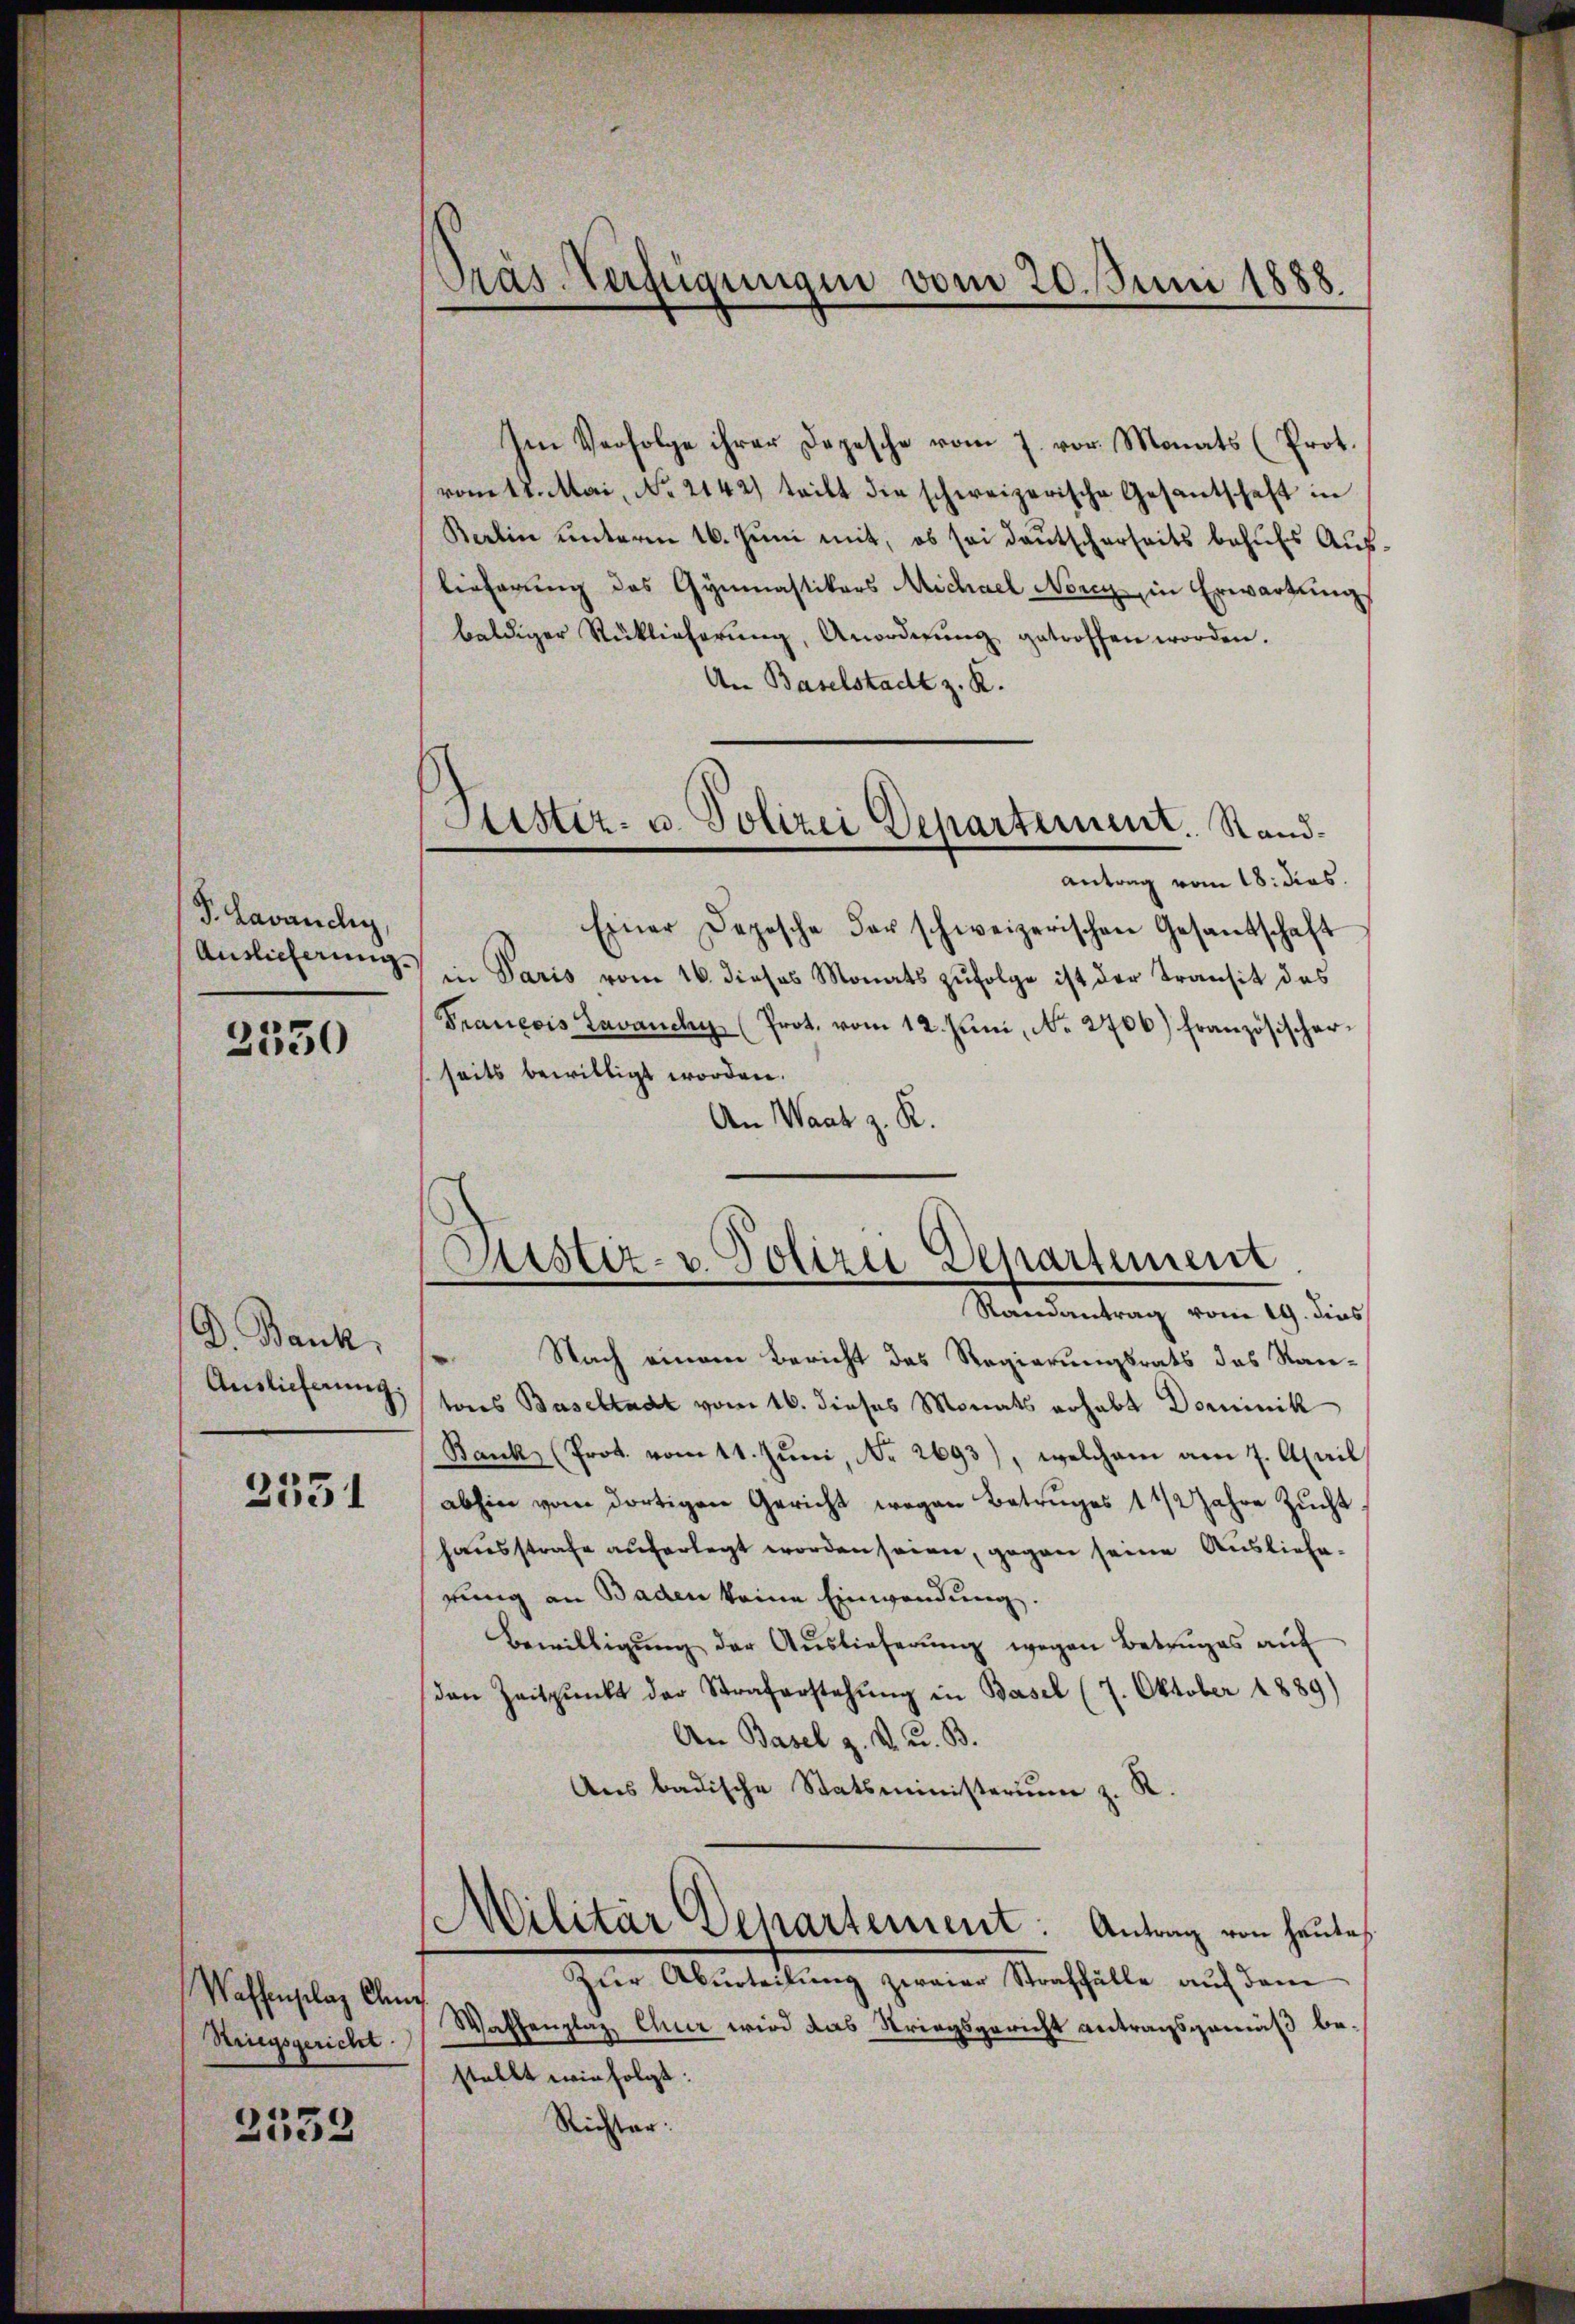
P. Lavanchy,
Auslicherung.

3350

D Bank,
Auslieferung:

3551

Waffenplaz Chme
Singsgericht.

2558

Präs-Verfügungen vom 20. Juni 1888.

Im Verfolge ihrer Depesche vom 7. vor. Monats (Prot.
vom 12. Mai, No. 2142) teilt die schweizerische Gesantschaft in
Berlin ŭnterm 16. Jŭni mit, ob sei deŭtscherseits behŭfs Aŭf-
lieferung des Gymnastikers Michael Nerey, in Erwartung
baldiger Rücklicherŭng, Anordnŭng getroffen worden.
An Baselstadt z. R.
antrag vom 18. dies
Einer Deposche der schweizerischen Gesandschaft
in Paris vom 16. dieses Monats zufolge ist der Transit des
Francois Lavancky (Prot. vom 12. Juni, No. 2706) Französischerseits bewilligt worden.
An Waat z. K.
Nach einem Bericht des Regierungsrats das Kantons Baseltadt vom 16. dieses Monats erhabt Dominik
Bank (Prot. vom 11. Juni, No 2693), welchem am 7. April
abhin vom dortigen Gericht wegen Betruges 1 1/2 Jahre Zŭcht
hausstrafe auferlegt worden seien, gegen seine Auslieferung an Baden keine Einwendung.
Bewilligŭng der Aŭslieferŭng wegen Betruges aŭf
den Zeitpunkt der Straferstehŭng in Basel (7. Oktober 1889)
An Basel z. K. u. B.
Ans badische Statsministerium z. R.
Militär Departement: Antrag von heute
Zur Aburteilung zweier Straffälle auf dem
Waffenplaz Quer wird das Striegsgericht antragsgemäß bestellt wir folgt:
Richter:

Suster- u. Polizei Departement. Sand¬

Justiz- u. Polizei Departement
Randantrag vom 19. dies